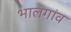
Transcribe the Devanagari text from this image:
भालगांव